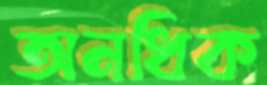
অনধিক